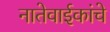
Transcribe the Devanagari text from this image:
नातेवाईकांचे